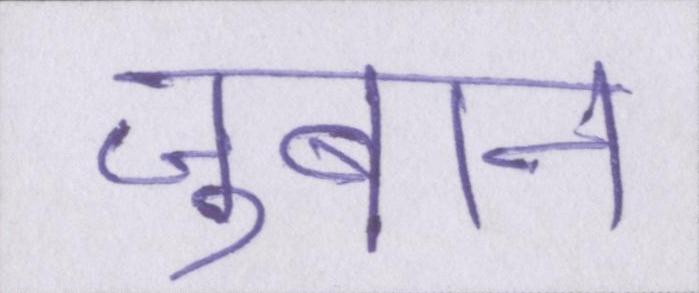
जुबान